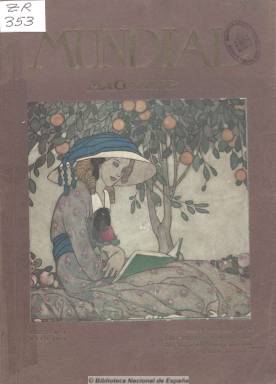
Título: Mundial magazine
Otros títulos: Mundial
Colección: Revistas de información general || Literatura
Ámbito geográfico: Francia
Lugar de publicación: Paris
Fechas: 01/05/1911-30/04/1914

Es una revista cuya dirección literaria será encargada por los empresarios uruguayos Alfred y Armand Guido a Rubén Darío (1867-1916) en los últimos años de su vida, con quienes el poeta llegó a pleitear para poder cobrar su ardua tarea al frente de ella. Para ello, el escritor nicaragüense viajará para promocionar una publicación que “no tendrá rival por su presentación tipográfica y artística y por lo nutrido y variado de su colaboración literaria”, según el artículo de presentación de sus editores -Leo Merelo y Guido Fils-, y buscará colaboradores entre los principales literatos y escritores tanto de España como de los países hispanoaméricanos.

Contendrá artículos, crónicas y reportajes sobre arte, literatura, ciencias, teatro, historia, actualidad política y social, modas, curiosidades, etc., que compaginará con un amplio espacio dedicado a la propia creación poética y teatral y a la narración breve. Asimismo, estará profusamente ilustrada con fotografías, dibujos y caricaturas, como de artículos de carácter humorístico y una sección bibliográfica. Tras la sección “Crónica universal”, incluirá otra titulada “Mes hispanoaméricano”, a cuyo mundo dedica mayor atención.

Si por el lado de las ilustraciones (dibujos, caricaturas, etc.) aparecen las firmas de Montenegro, Hemmings, Orazi, Micod, Vázquez Díaz, Xaudaró o Penagos, en la parte literaria se dan cita escritores en lengua castellano de ambos lados del atlántico: Amado Nervo, Enrique Rodríguez Larreta, Leopoldo Lugones, Francisco Gamboa, F. Villaespesa, Julio Camba, José Francés, los hermanos Serafín y Joaquín Álvarez Quintero, Ramiro de Maeztu, E. Gómez-Carrillo o Jacinto Benavente, quienes publicarán obra inédita, como el propio Rubén Darío, uno de los más prolíficos en la revista con composiciones en verso y prosa poética, cuentos, crónicas y artículos varios, o textos de un Rabindranath Tagore.

La redacción y dirección de la publicación estará en el boulevard des Caspucines de la capital francesa, que contará con un salón propio de lectura. Se trata de una “obra de cultura” –según sus editores- en lengua castellana dirigida al público español y de las repúblicas hispanoaméricanas, y que tendrá gran acogida en la colonia parisina de habla hispana, que alternará “lo curioso y lo ameno” y “lo bello y lo útil”, sin preferencia por ninguna escuela en lo literario.

De periodicidad mensual, y a un franco el precio del ejemplar, publicó una portada ilustrada siempre en color, que después utilizó también para imprimir las páginas interiores, y su paginación fue abultada, con un centenar y medio de páginas por número. Llegó a publicar suplementos. Su director artístico será Leo Merelo, y la publicidad abundó en sus páginas, teniendo para ello agentes en Gran Bretaña, Suiza, Alemania, Italia, España, Chile y Argentina.

Tras tres años ininterrumpidos, la publicación dejará de editarse y el fundador del modernismo literario, tras una breve temporada en Mallorca, regresará a Hispanoamérica cuando está a punto de estallar la primera guerra mundial.